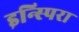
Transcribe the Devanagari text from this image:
इन्स्पिरा